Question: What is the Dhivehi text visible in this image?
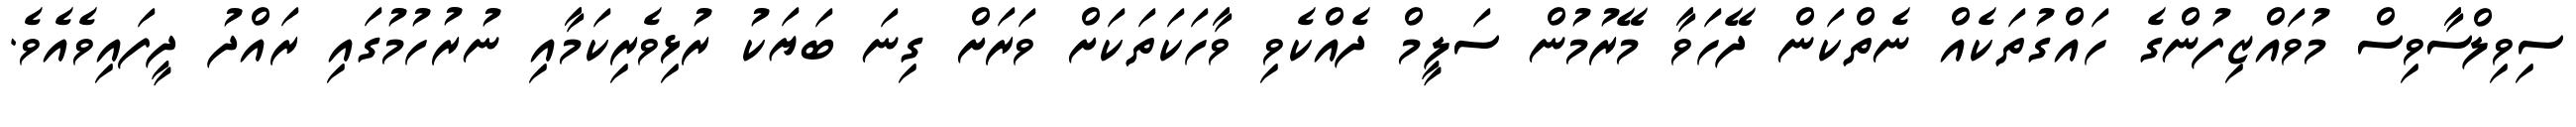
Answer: ސިވިލްސާވިސް މުވައްޒިފުންގެ ހައްގުތަކެއް ނެތްކަން ދޭހަވާ މޭރުމުން ސަލީމް ދެއްކެވި ވާހަކަތަކަށް ވަރަށް ގިނަ ބަޔަކު ރުޅިވެރިކަމާއި ނުރުހުމުގައި ރައްދު ދީފައިވެއެވެ.